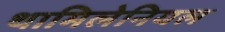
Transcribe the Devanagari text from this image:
थामिलेनियल